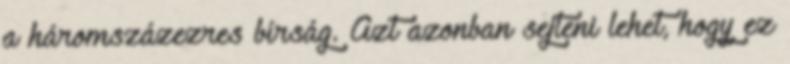
a háromszázezres bírság. Azt azonban sejteni lehet, hogy ez